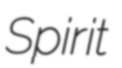
Spirit